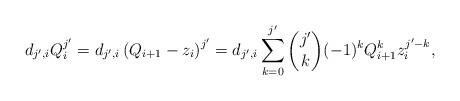
LaTeX: \begin{align*}d_{j',i}Q_i^{j'}=d_{j',i}\left(Q_{i+1}-z_i\right)^{j'}=d_{j',i}\sum\limits_{k=0}^{j'}\binom{j'}k(-1)^kQ_{i+1}^kz_i^{j'-k},\end{align*}